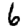
Digit: 6